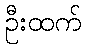
ဦးထက်